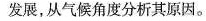
发展，从气候角度分析其原因。